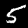
Digit: 5